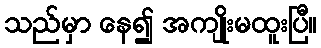
သည်မှာ နေ၍ အကျိုးမထူးပြီ။